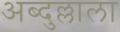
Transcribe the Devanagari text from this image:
अब्दुल्लाला